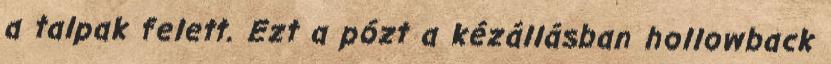
a talpak felett. Ezt a pózt a kézállásban hollowback